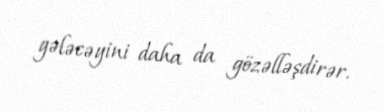
gələcəyini daha da gözəlləşdirər.